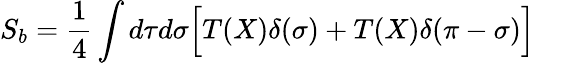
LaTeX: S_{b}=\frac{1}{4}\int d\tau d\sigma\Bigl[T(X)\delta(\sigma)+T(X)\delta(\pi-\sigma)\Bigr]\quad